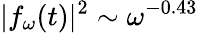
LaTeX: |f_{\omega}(t)|^{2}\sim\omega^{-0.43}